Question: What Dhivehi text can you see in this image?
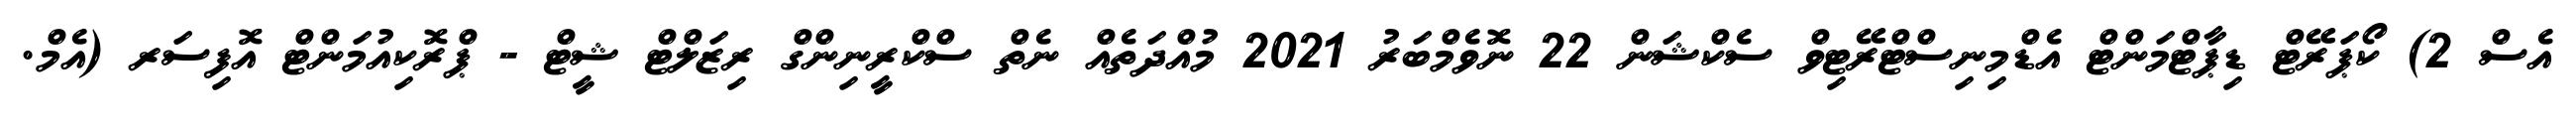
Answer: އެސް 2) ކޯޕަރޭޓް ޑިޕާޓްމަންޓް އެޑްމިނިސްޓްރޭޓިވް ސެކްޝަން 22 ނޮވެމްބަރު 2021 މުއްދަތެއް ނެތް ސްކްރީނިންގް ރިޒަލްޓް ޝީޓް - ޕްރޮކިއުމަންޓް އޮފިސަރ (އެމް.